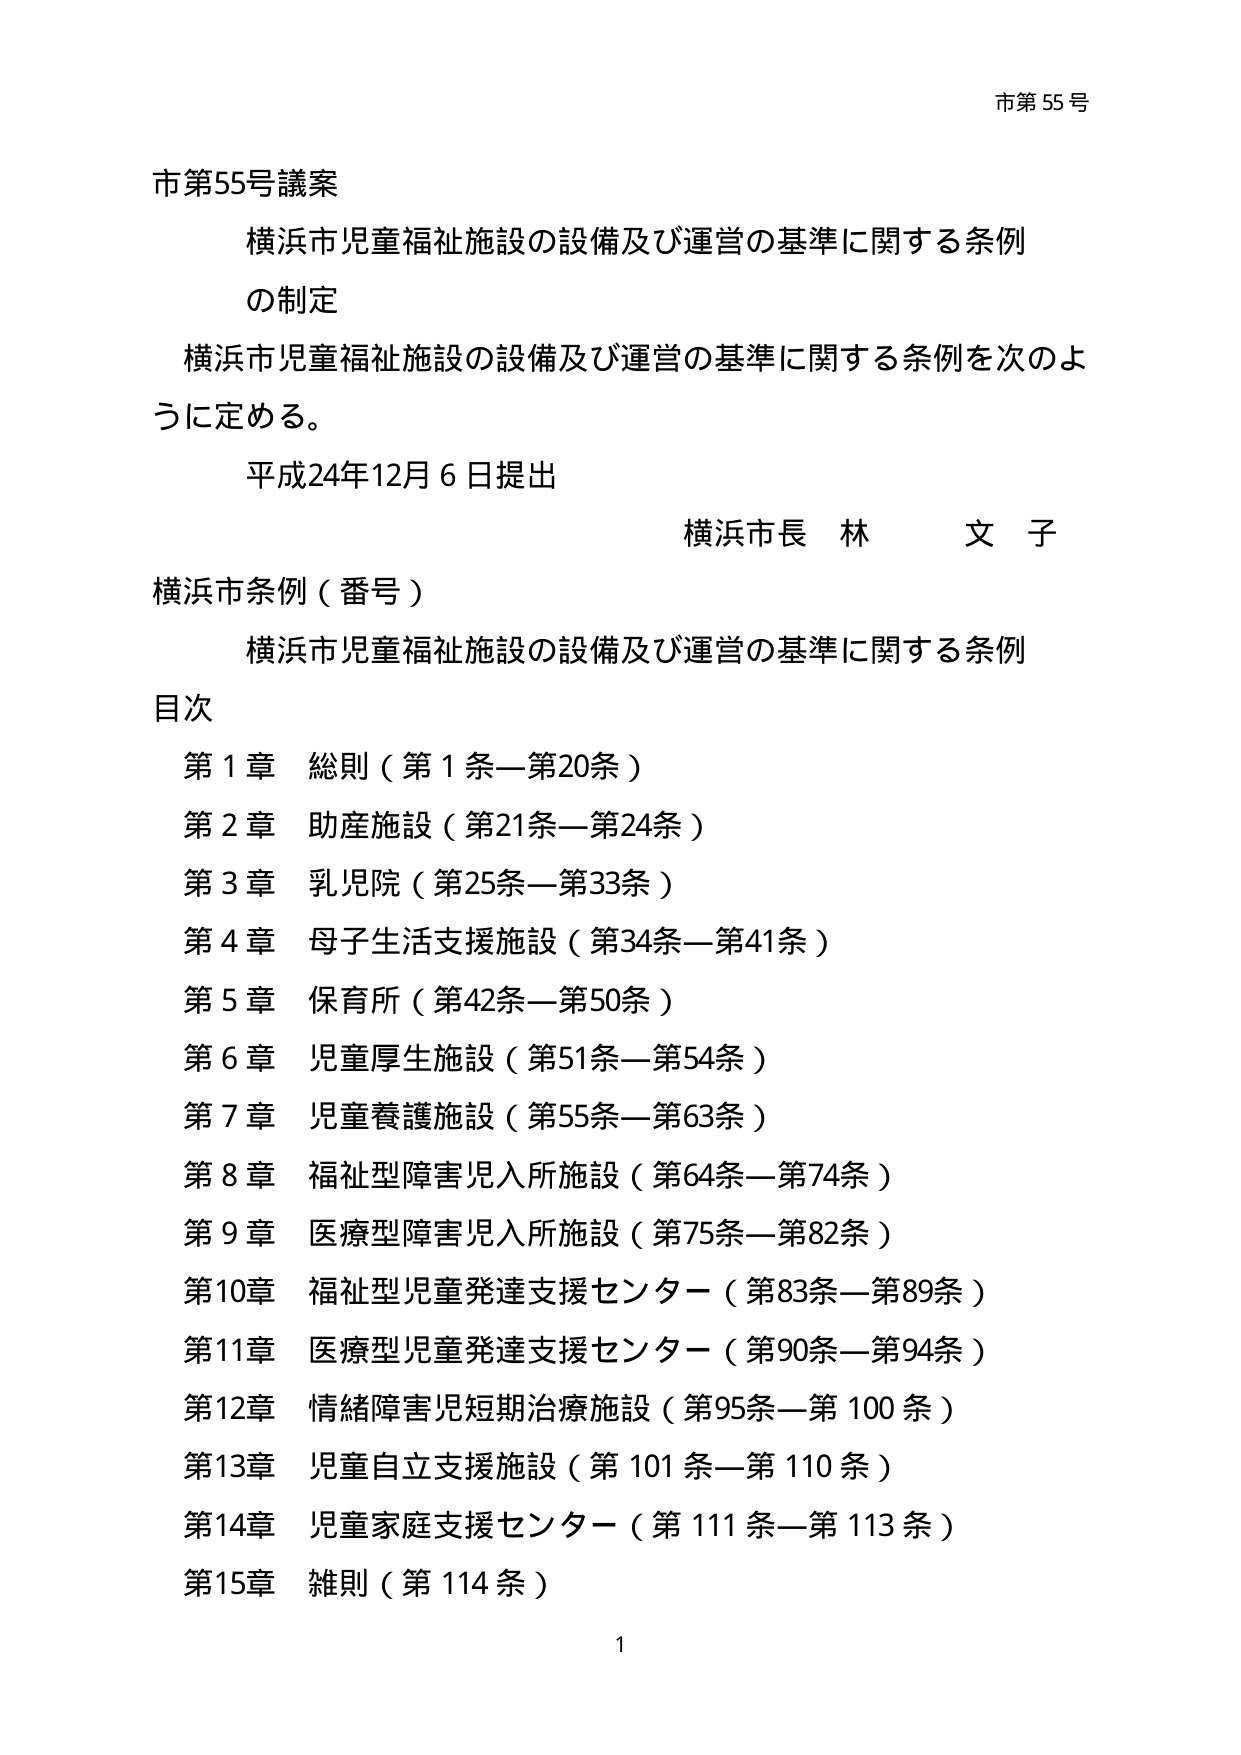
市第55号

市第55号議案
横浜市児童福祉施設の設備及び運営の基準に関する条例
の制定
横浜市児童福祉施設の設備及び運営の基準に関する条例を次のように定める。
平成24年12月6日提出
横浜市長 林 文子

横浜市条例（番号）
横浜市児童福祉施設の設備及び運営の基準に関する条例

目次
第1章 総則（第1条—第20条）
第2章 助産施設（第21条—第24条）
第3章 乳児院（第25条—第33条）
第4章 母子生活支援施設（第34条—第41条）
第5章 保育所（第42条—第50条）
第6章 児童厚生施設（第51条—第54条）
第7章 児童養護施設（第55条—第63条）
第8章 福祉型障害児入所施設（第64条—第74条）
第9章 医療型障害児入所施設（第75条—第82条）
第10章 福祉型児童発達支援センター（第83条—第89条）
第11章 医療型児童発達支援センター（第90条—第94条）
第12章 情緒障害児短期治療施設（第95条—第100条）
第13章 児童自立支援施設（第101条—第110条）
第14章 児童家庭支援センター（第111条—第113条）
第15章 雑則（第114条）

1